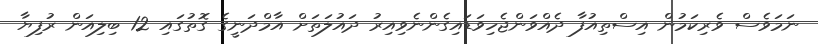
ނަމަވެސް ވެރިކަމުން އިސްތިއުފާ ދެއްވަންޖެހިވަޑައިގެންނެވިއިރު ދައުލަތަށް އާމްދަނީގެ ގޮތުގައި 12 ބިލިއަން ރުފިޔާ